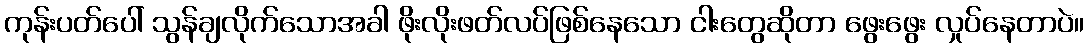
ကုန်းပတ်ပေါ် သွန်ချလိုက်သောအခါ ဖိုးလိုးဖတ်လပ်ဖြစ်နေသော ငါးတွေဆိုတာ ဖွေးဖွေး လှုပ်နေတာပဲ။